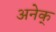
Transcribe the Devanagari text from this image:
अनेक्